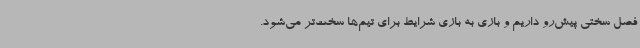
فصل سختی پیش‌رو داریم و بازی به بازی شرایط برای تیم‌ها سخت‌تر می‌شود.